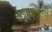
૮૧માળની